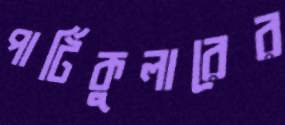
পার্টিকুলারের